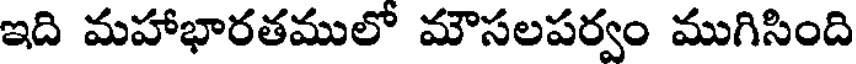
ఇది మహాభారతములో మౌసలపర్వం ముగిసింది